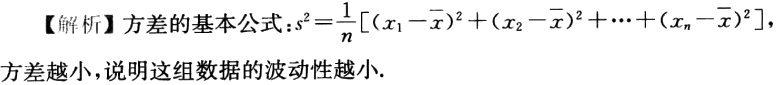
【解析】方差的基本公式：\(s^{2}=\frac{1}{n}[(x_{1}-\overline{x})^{2}+(x_{2}-\overline{x})^{2}+\cdots+(x_{n}-\overline{x})^{2}]\)，
方差越小，说明这组数据的波动性越小.